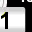
Digit: 1